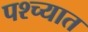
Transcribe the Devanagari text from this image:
पश्‍च्यात